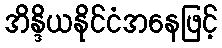
အိန္ဒိယနိုင်ငံအနေဖြင့်